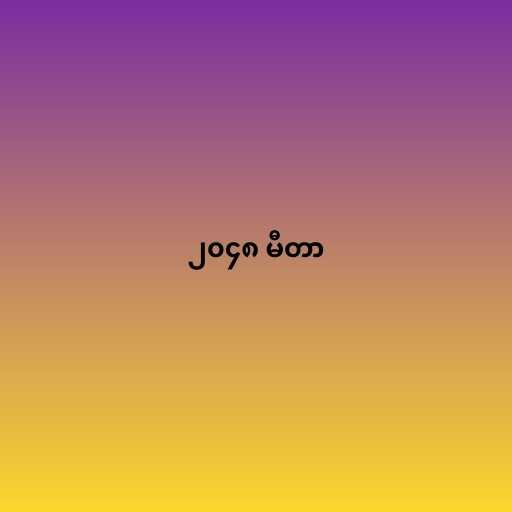
၂၀၄၈ မီတာ